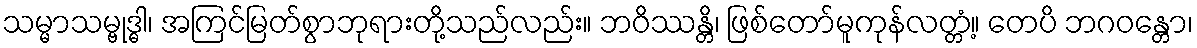
သမ္မာသမ္ဗုဒ္ဓါ၊ အကြင်မြတ်စွာဘုရားတို့သည်လည်း။ ဘဝိဿန္တိ၊ ဖြစ်တော်မူကုန်လတ္တံ့။ တေပိ ဘဂဝန္တော၊